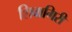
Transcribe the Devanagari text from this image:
शिवागिरी